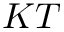
K T